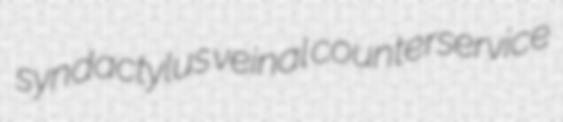
syndactylus veinal counterservice